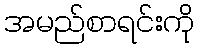
အမည်စာရင်းကို